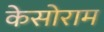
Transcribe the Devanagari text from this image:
केसोराम